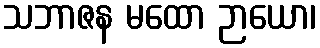
သဘာဇန မထော ဉာယော၊